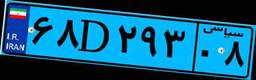
۱۸D۲۹۷۷۵